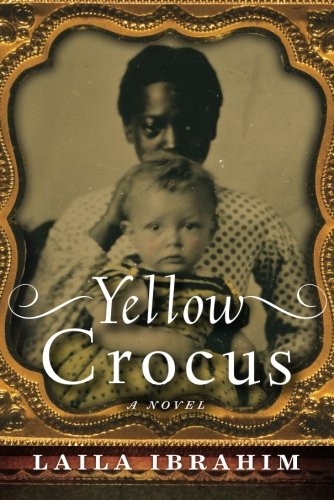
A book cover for Yellow Crocus; Laila Ibrahim; Literature & Fiction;